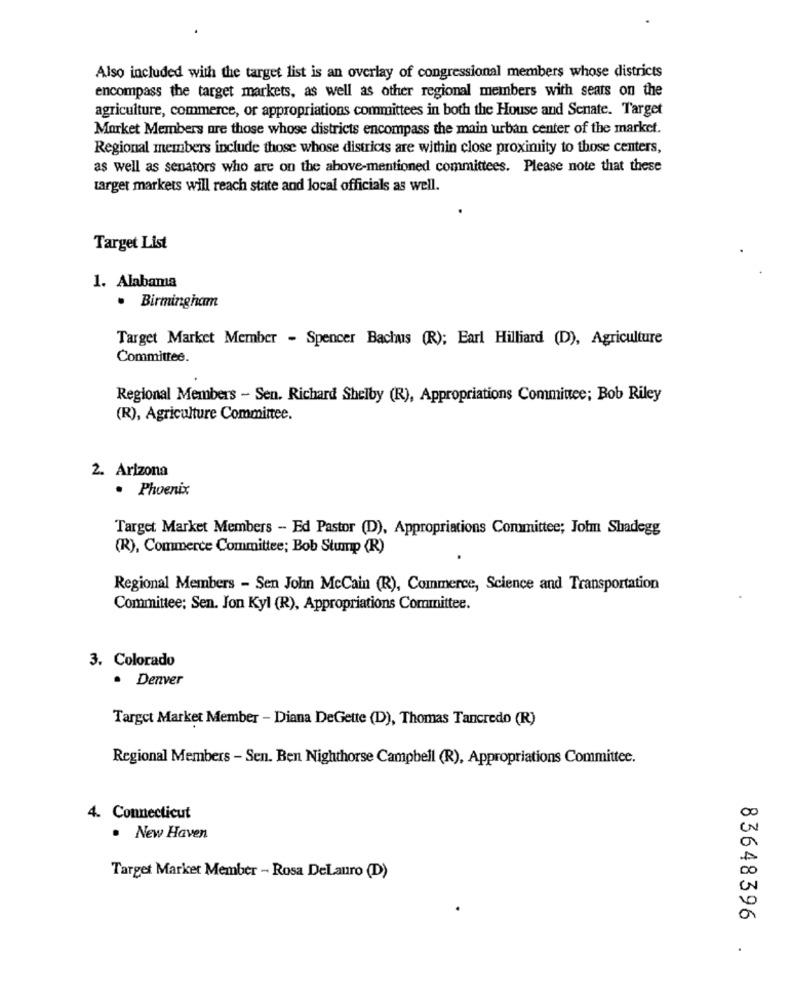
Also included with the target list is an overlay of congressional members whose districts
encompass the target markets, as well as other regional members with seats on the
agriculture, commerce, or appropriations committees in both the House and Senate. Target
Market Members are those whose districts encompass the main urban center of the market.
Regional members include those whose districts are within close proximity to those centers,
as well as senators who are on the above-mentioned committees. Please note that these
target markets will reach state and local officials as well.
Target List
1. Alabama
· Birmingham
Target Market Member - Spencer Bachus (R); Earl Hilliard (D), Agriculture
Committee.
Regional Members - Sen. Richard Shelby (R), Appropriations Committee; Bob Riley
(R), Agriculture Committee.
2. Arizona
. Phoenix
Target Market Members - Ed Pastor (D), Appropriations Committee; Jolm Shadegg
(R), Commerce Committee; Bob Stump (R)
Regional Members - Sen John McCain (R), Commerce, Science and Transportation
Committee: Sen. Jon Kyl (R), Appropriations Committee.
3. Colorado
· Denver
Target Market Member - Diana DeGette (D), Thomas Tancredo (R)
Regional Members - Sen. Ben Nighthorse Campbell (R), Appropriations Committee.
00
4. Connecticut
· New Haven
Target Market Member - Rosa DeLauro (D)
.
83648396 .